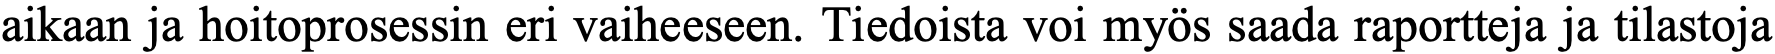
aikaan ja hoitoprosessin eri vaiheeseen. Tiedoista voi myös saada raportteja ja tilastoja